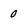
Character: 0